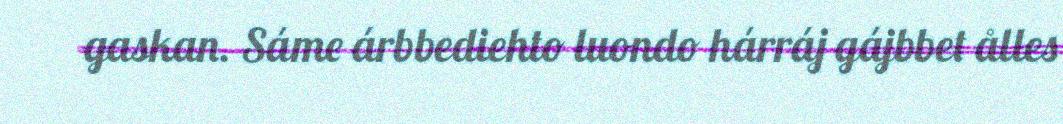
gaskan. Sáme árbbediehto luondo hárráj gájbbet ålles